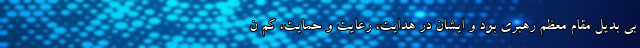
بی بدیل مقام معظم رهبری بود و ایشان در هدایت، رعایت و حمایت، کم ن